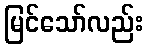
မြင်သော်လည်း